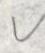
v